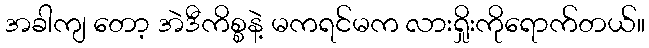
အခါကျ တော့ အဲဒီကိစ္စနဲ့ မကရင်မက လားရှိုးကိုရောက်တယ်။